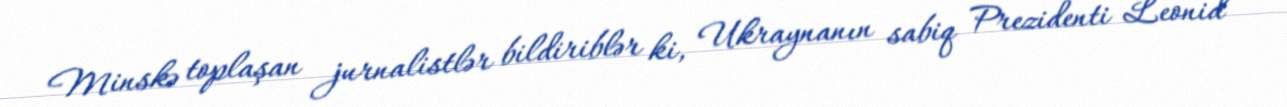
Minskə toplaşan jurnalistlər bildiriblər ki, Ukraynanın sabiq Prezidenti Leonid